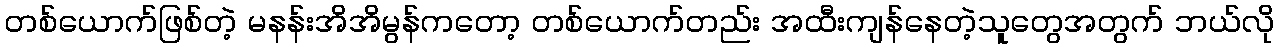
တစ်ယောက်ဖြစ်တဲ့ မနန်းအိအိမွန်ကတော့ တစ်ယောက်တည်း အထီးကျန်နေတဲ့သူတွေအတွက် ဘယ်လို